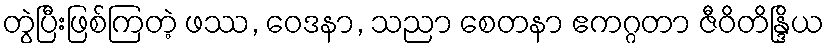
တွဲပြီးဖြစ်ကြတဲ့ ဖဿ, ဝေဒနာ, သညာ စေတနာ ဧကဂ္ဂတာ ဇီဝိတိန္ဒြိယ